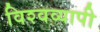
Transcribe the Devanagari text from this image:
विश्‍वव्‍यापी